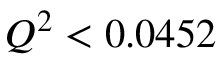
Q ^ { 2 } < 0 . 0 4 5 2